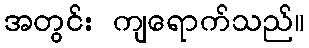
အတွင်း ကျရောက်သည်။